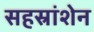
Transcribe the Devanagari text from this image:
सहस्रांशेन